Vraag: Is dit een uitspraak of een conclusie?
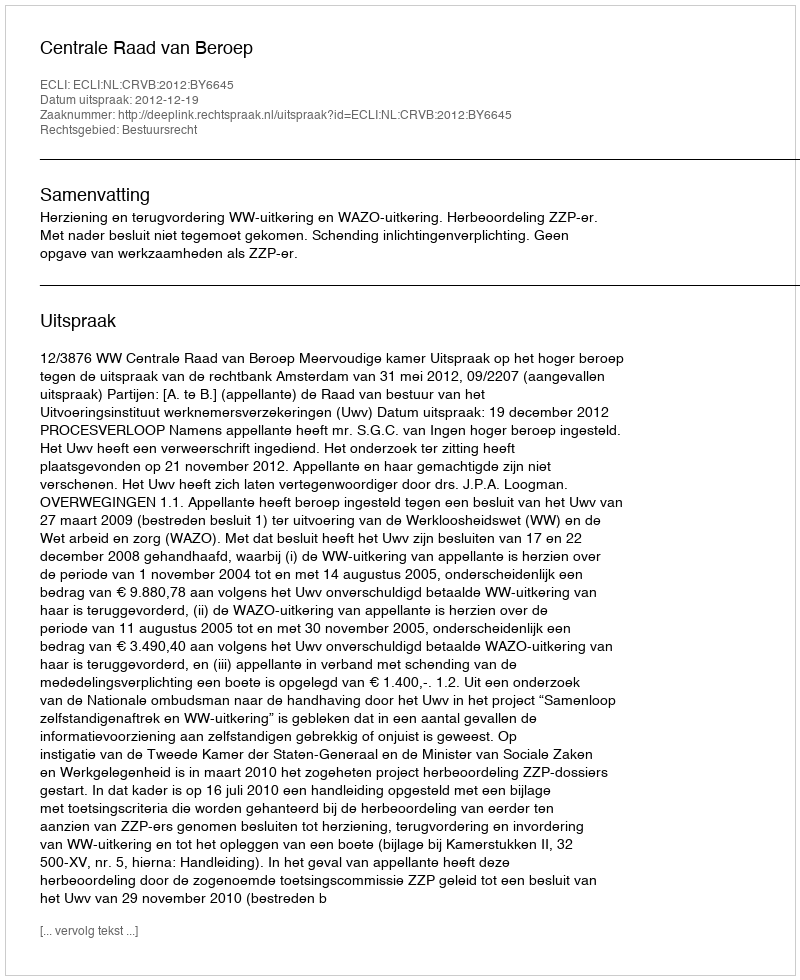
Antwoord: Uitspraak